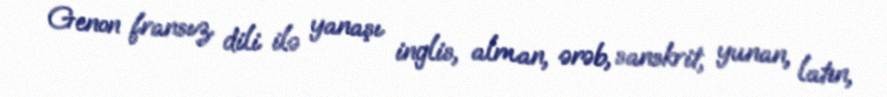
Genon fransız dili ilə yanaşı inglis, alman, ərəb, sanskrit, yunan, latın,